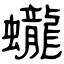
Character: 蠬